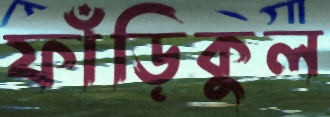
ফাঁড়িকুল